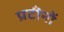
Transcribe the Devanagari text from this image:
प्रटीनों